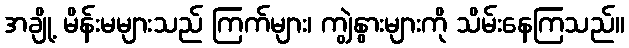
အချို့ မိန်းမများသည် ကြက်များ၊ ကျွဲနွားများကို သိမ်းနေကြသည်။